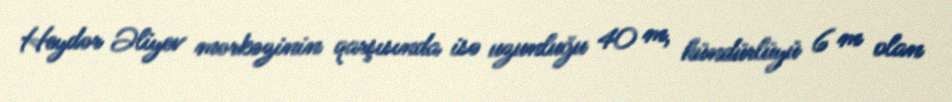
Heydər Əliyev mərkəzinin qarşısında isə uzunluğu 40 m, hündürlüyü 6 m olan